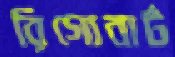
রিগোবার্ট